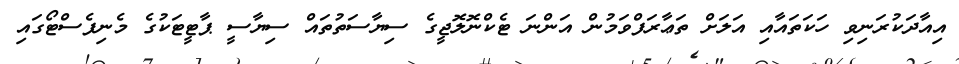
އިއާދަކުރަނިވި ހަކަތައާއި އަލަށް ތަޢާރަފްވަމުން އަންނަ ޓެކްނޮލޮޖީގެ ސިޔާސަތުތައް ސިޔާސީ ޕާޓީޓަކުގެ މެނިފެސްޓޯގައި